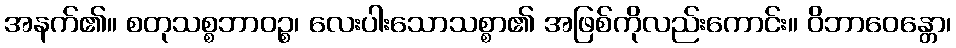
အနက်၏။ စတုသစ္စဘာဝဉ္စ၊ လေးပါးသောသစ္စာ၏ အဖြစ်ကိုလည်းကောင်း။ ဝိဘာဝေန္တော၊